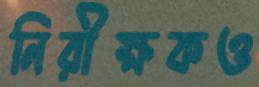
নিরীক্ষকও